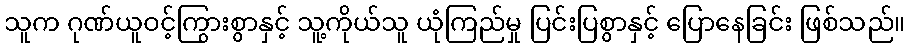
သူက ဂုဏ်ယူဝင့်ကြွားစွာနှင့် သူ့ကိုယ်သူ ယုံကြည်မှု ပြင်းပြစွာနှင့် ပြောနေခြင်း ဖြစ်သည်။